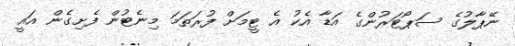
ނޭޕާލުގެ ސަޕޯޓަރުންގެ އަޑާ އެކު އެ ޓީމަށް ފުރަތަމަ މިނެޓުން ފެށިގެން އައީ